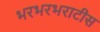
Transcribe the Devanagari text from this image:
भरभरभराटीस